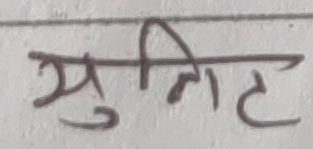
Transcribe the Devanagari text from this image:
मुनिट